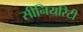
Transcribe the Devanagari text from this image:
सीनियरिटी